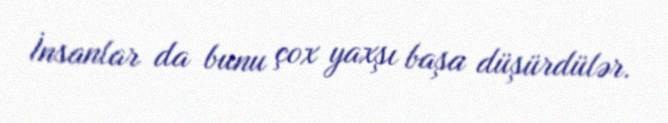
İnsanlar da bunu çox yaxşı başa düşürdülər.